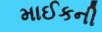
માઈકની